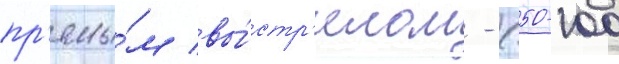
пр'ямы́м вы́стр'елом - (50-100